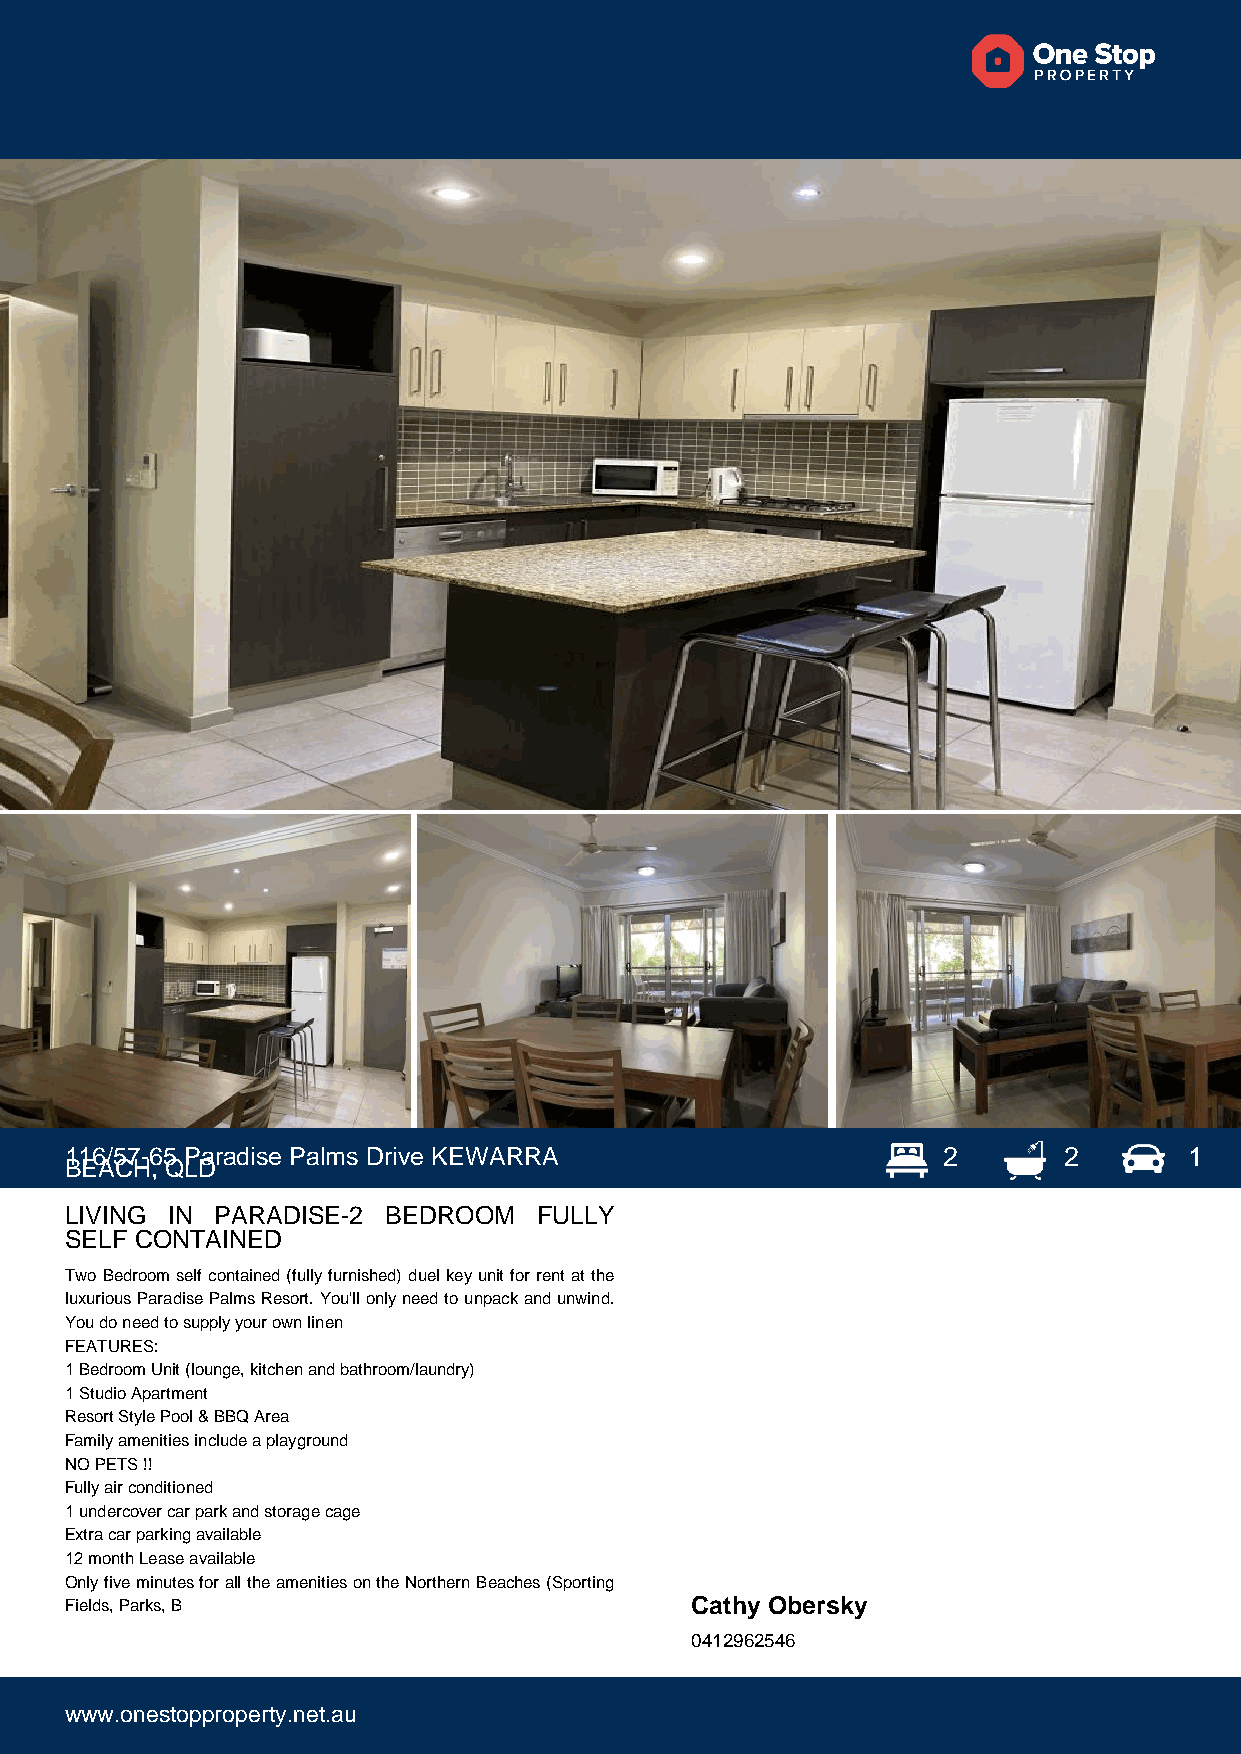
116/57-65 Paradise Palms Drive KEWARRA                    2       2        1
 BEACH, QLD
 LIVING IN PARADISE-2  BEDROOM   FULLY
 SELF CONTAINED
 Two Bedroom self contained (fully furnished) duel key unit for rent at the
 luxurious Paradise Palms Resort. You'll only need to unpack and unwind.
 You do need to supply your own linen
 FEATURES:
 1 Bedroom Unit (lounge, kitchen and bathroom/laundry)
 1 Studio Apartment
 Resort Style Pool & BBQ Area
 Family amenities include a playground
 NO PETS !!
 Fully air conditioned
 1 undercover car park and storage cage
 Extra car parking available
 12 month Lease available
 Only five minutes for all the amenities on the Northern Beaches (Sporting
 Fields, Parks, B                          Cathy Obersky
 0412962546
 www.onestopproperty.net.au